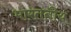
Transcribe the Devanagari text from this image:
भारततीय